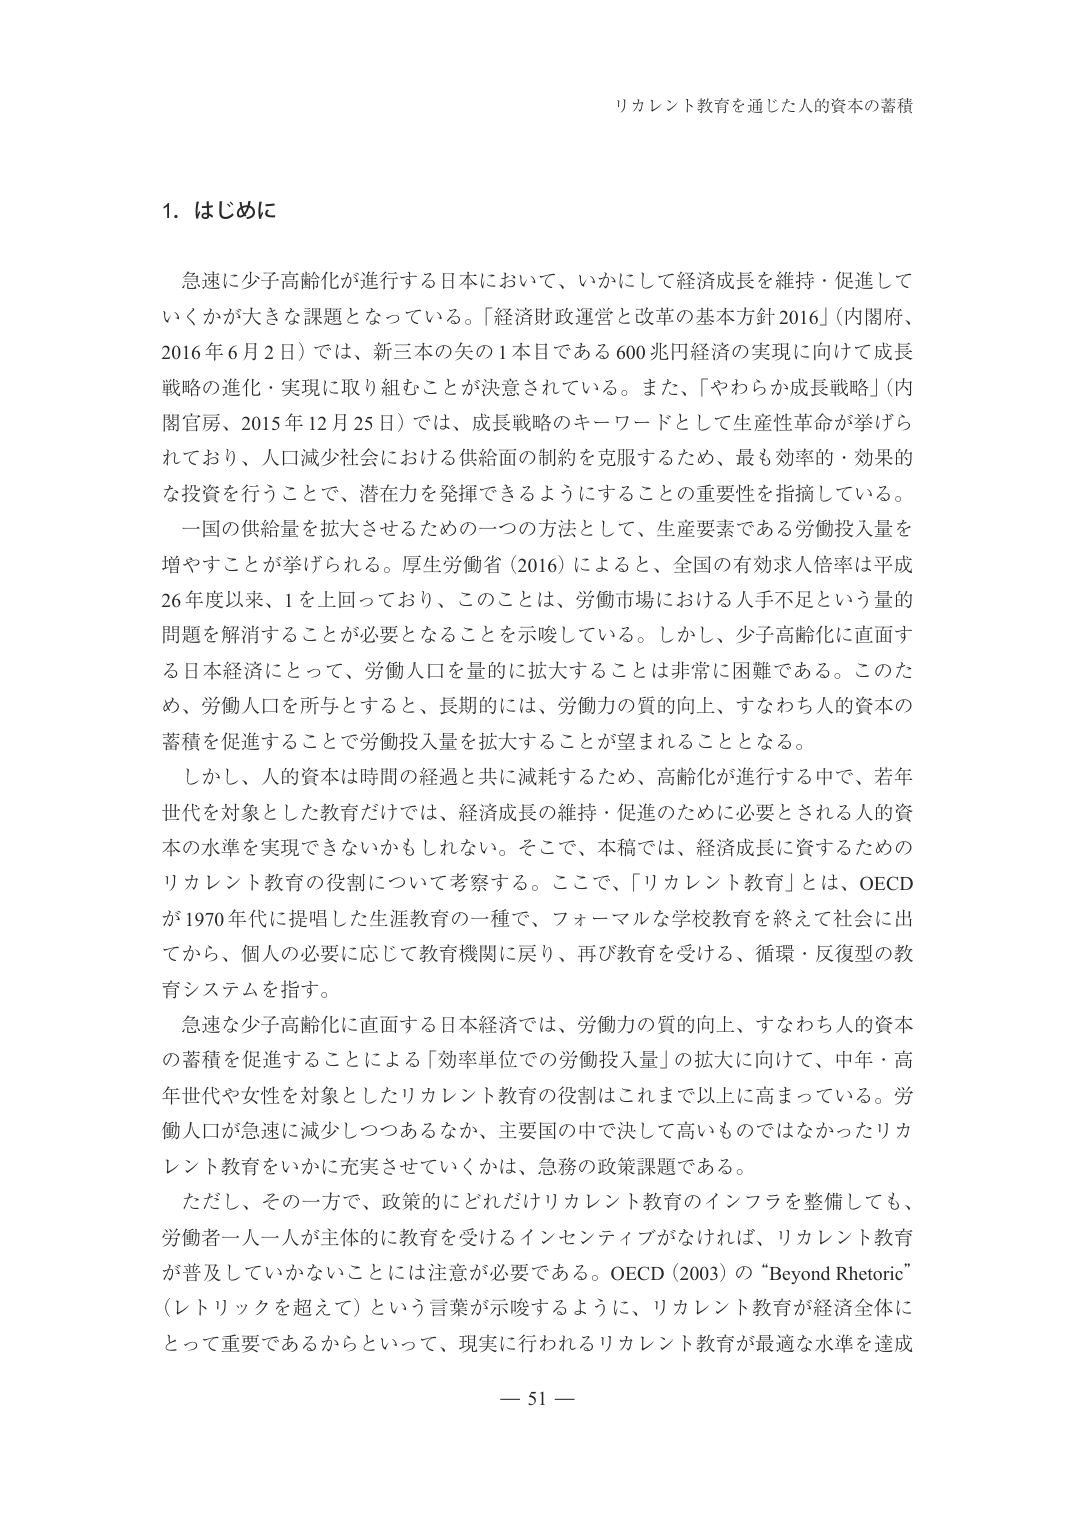
リカレント教育を通じた人的資本の蓄積

1. はじめに

急速に少子高齢化が進行する日本において、いかにして経済成長を維持・促進していくかが大きな課題となっている。「経済財政運営と改革の基本方針2016」（内閣府、2016年6月2日）では、新三本の矢の1本目である600兆円経済の実現に向けて成長戦略の進化・実現に取り組むことが決意されている。また、「やわらか成長戦略」（内閣官房、2015年12月25日）では、成長戦略のキーワードとして生産性革命が挙げられており、人口減少社会における供給面の制約を克服するため、最も効率的・効果的な投資を行うことで、潜在力を発揮できるようにすることの重要性を指摘している。

一国の供給量を拡大させるための一つの方法として、生産要素である労働投入量を増やすことが挙げられる。厚生労働省（2016）によると、全国の有効求人倍率は平成26年度以来、1を上回っており、このことは、労働市場における人手不足という量的問題を解消することが必要となることを示唆している。しかし、少子高齢化に直面する日本経済にとって、労働人口を量的に拡大することは非常に困難である。このため、労働人口を所与とすると、長期的には、労働力の質的向上、すなわち人的資本の蓄積を促進することで労働投入量を拡大することが望まれることとなる。

しかし、人的資本は時間の経過と共に減耗するため、高齢化が進行する中で、若年世代を対象とした教育だけでは、経済成長の維持・促進のために必要とされる人的資本の水準を実現できないかもしれない。そこで、本稿では、経済成長に資するためのリカレント教育の役割について考察する。ここで、「リカレント教育」とは、OECDが1970年代に提唱した生涯教育の一種で、フォーマルな学校教育を終えて社会に出てから、個人の必要に応じて教育機関に戻り、再び教育を受け、循環・反復型の教育システムを指す。

急速な少子高齢化に直面する日本経済では、労働力の質的向上、すなわち人的資本の蓄積を促進することによる「効率単位での労働投入量」の拡大に向けて、中年・高年世代や女性を対象としたリカレント教育の役割はこれまで以上に高まっている。労働人口が急速に減少しつつあるなか、主要国の中で決して高いものではなかったリカレント教育をいかに充実させていくかは、急務の政策課題である。

ただし、その一方で、政策的にどれだけリカレント教育のインフラを整備しても、労働者一人一人が主体的に教育を受けるインセンティブがなければ、リカレント教育が普及していかないことに注意が必要である。OECD（2003）の“Beyond Rhetoric”（レトリックを超えて）という言葉が示唆するように、リカレント教育が経済全体にとって重要であるからといって、現実に行われるリカレント教育が最適な水準を達成

— 51 —